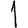
Digit: 1